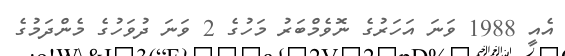
އެއީ 1988 ވަނަ އަހަރުގެ ނޮވެމްބަރު މަހުގެ 2 ވަނަ ދުވަހުގެ މެންދަމުގެ